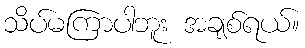
သိပ်မကြာပါဘူး အချစ်ရယ်။